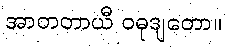
အာတတာယီ ဝဓုဒျတော။